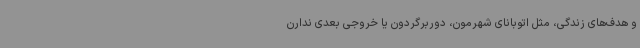
و هدف‌های زندگی، مثل اتوبانای شهرمون، دوربرگردون یا خروجی بعدی ندارن